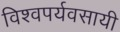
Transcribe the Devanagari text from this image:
विश्वपर्यवसायी